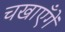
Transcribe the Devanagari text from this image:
चखाएँगें